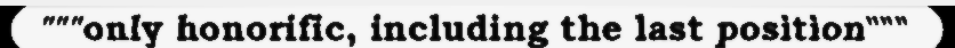
"""only honorific, including the last position"""